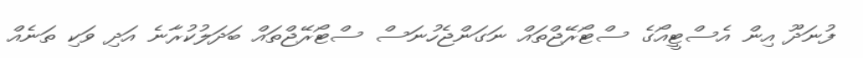
ފުނަދޫ އިން އެސްޓީއޯގެ ސްޓޯރޭޖްތައް ނަގަންޖެހުނަސް ސްޓޯރޭޖްތައް ބަދަލުކުރާނެ އަދި ވަކި ތަނެއް